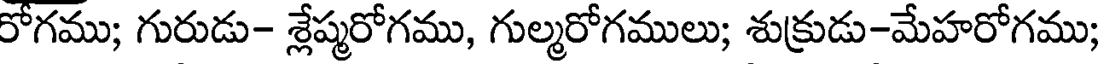
రోగము; గురుడు- శ్లేష్మరోగము, గుల్మరోగములు; శుక్రుడు-మేహరోగము;